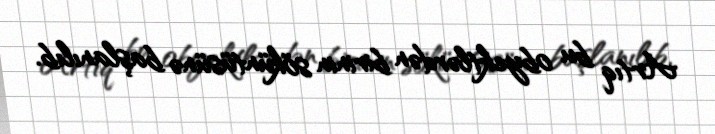
Artıq bu obyektlərdən birinin söküntüsünə başlanılıb.